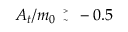
A _ { t } / m _ { 0 } { \tiny \begin{array} { l } { { > } } \\ { { \sim } } \end{array} } - 0 . 5